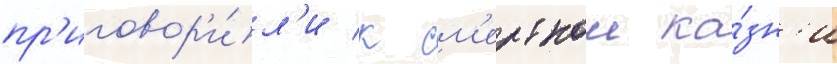
пр'иговор'и́л'и к см'ертнои ка́зн'и